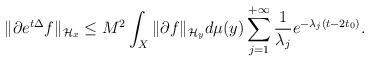
LaTeX: \begin{align*} \| \partial e^{t \Delta } f \|_{\mathcal{H}_x} \le M^2 \int_{X} \| \partial f \|_{\mathcal{H}_y} d\mu(y) \sum_{j=1}^{+\infty} \frac{1}{\lambda_j} e^{-\lambda_j (t-2t_0)}.\end{align*}